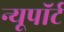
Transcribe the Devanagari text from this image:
न्यूपाॅर्ट